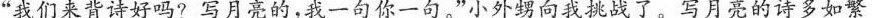
”我们来背诗好吗?写月亮的，我一句你一句。”小外甥向我挑战了。写月亮的诗多如繁